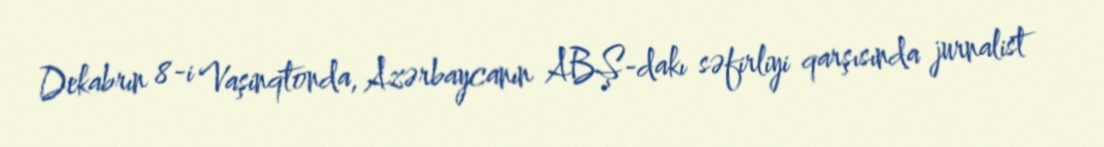
Dekabrın 8-i Vaşinqtonda, Azərbaycanın ABŞ-dakı səfirliyi qarşısında jurnalist